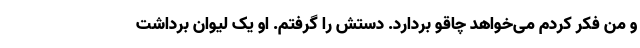
و من فکر کردم می‌خواهد چاقو بردارد. دستش را گرفتم. او یک لیوان برداشت